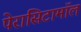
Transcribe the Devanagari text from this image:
पेरासिटामॉल